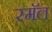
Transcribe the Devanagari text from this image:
स्मॅल